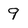
Character: 9